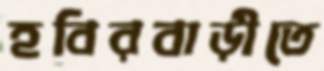
হবিরবাড়ীতে